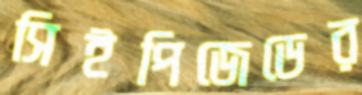
সিইপিজেডের